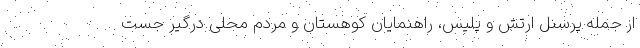
از جمله پرسنل ارتش و پلیس، راهنمایان کوهستان و مردم محلی درگیر جست